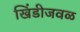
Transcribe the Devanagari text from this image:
खिंडीजवळ